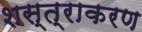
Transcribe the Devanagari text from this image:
शस्त्राकरण